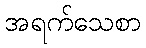
အရက်သေစာ